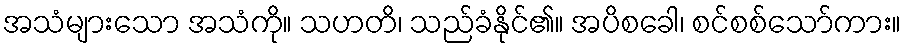
အသံများသော အသံကို။ သဟတိ၊ သည်ခံနိုင်၏။ အပိစခေါ၊ စင်စစ်သော်ကား။